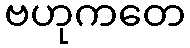
ဗဟုကတေ